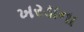
ખરડાના